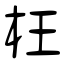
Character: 枉